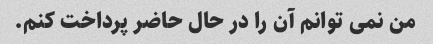
من نمی توانم آن را در حال حاضر پرداخت کنم.